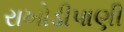
રાખોડીપાણી